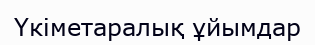
Үкіметаралық ұйымдар